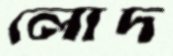
লোদ